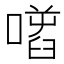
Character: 𠾌